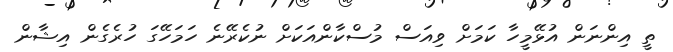
ތީ އިންނަން އުޅޭމީހާ ކަމަށް ވިއަސް މުސްކާންއަކަށް ނުކެރޭނެ ހަމަހޭގަ ހުރެގެން އިޝާން